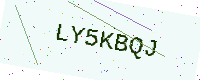
Text: LY5KBQJ